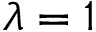
\lambda = 1